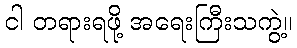
ငါ တရားရဖို့ အရေးကြီးသကွဲ့။